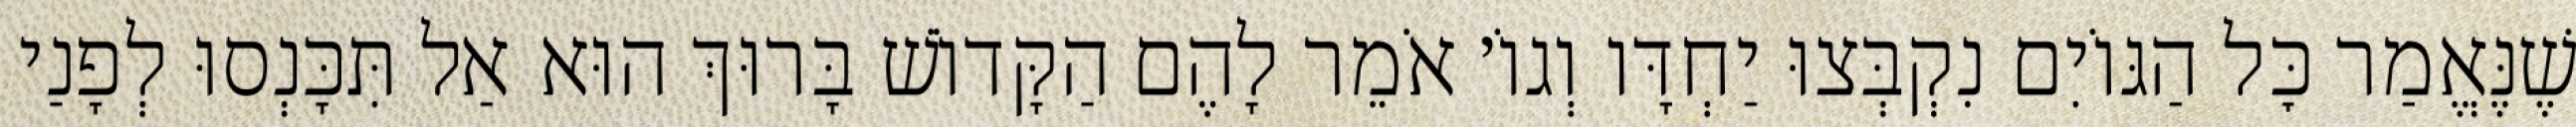
שֶׁנֶּאֱמַר כׇּל הַגּוֹיִם נִקְבְּצוּ יַחְדָּו וְגוֹ׳ אֹמֵר לָהֶם הַקָּדוֹשׁ בָּרוּךְ הוּא אַל תִּכָּנְסוּ לְפָנַי